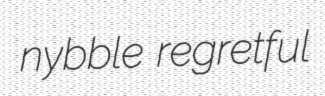
nybble regretful